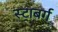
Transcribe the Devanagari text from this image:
स्ट्राबर्ग